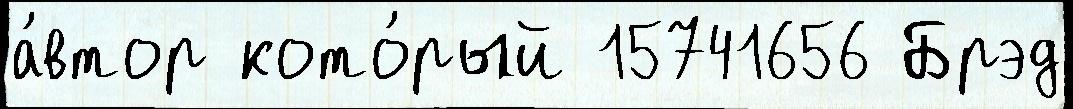
а́втор кото́рый 15741656 Брэд